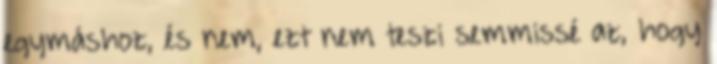
egymáshoz, és nem, ezt nem teszi semmissé az, hogy